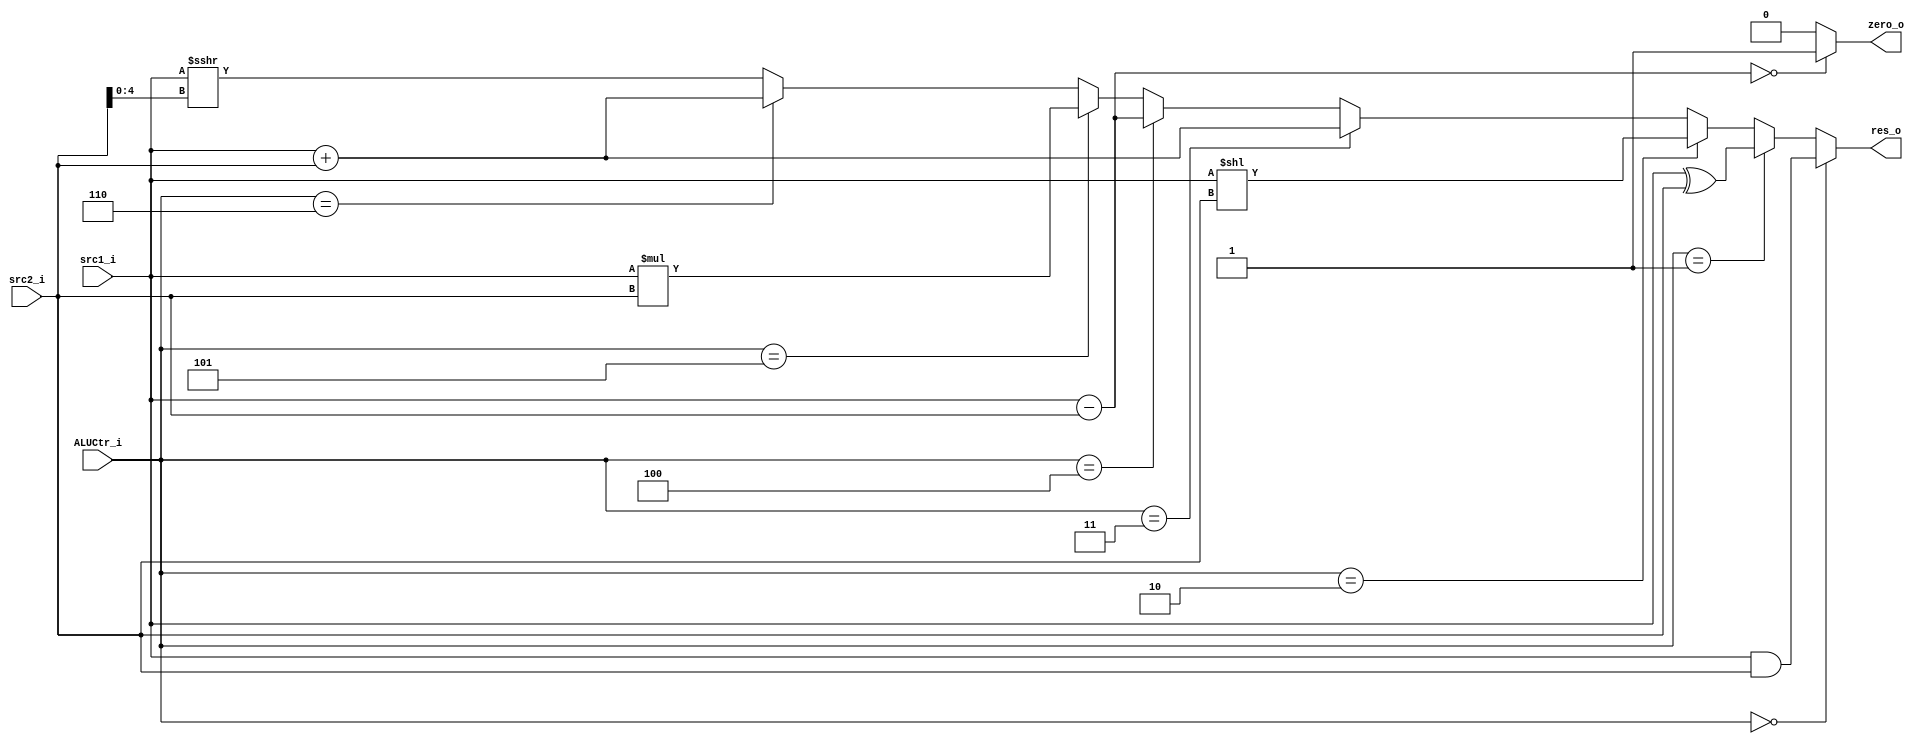
`define AND  3'b000
`define XOR  3'b001
`define SLL  3'b010
`define ADD  3'b011
`define SUB  3'b100
`define MUL  3'b101
`define ADDI 3'b110
`define SRAI 3'b111

module ALU(src1_i, src2_i, ALUCtr_i, res_o, zero_o);

    input [31:0] src1_i, src2_i;
    input [2:0] ALUCtr_i;
    output [31:0] res_o;
    output zero_o;

    assign res_o = (
        (ALUCtr_i == `AND) ? src1_i & src2_i : 
            (ALUCtr_i == `XOR) ? src1_i ^ src2_i :
                (ALUCtr_i == `SLL) ? src1_i << src2_i :
                    (ALUCtr_i == `ADD) ? src1_i + src2_i :
                        (ALUCtr_i == `SUB) ? src1_i - src2_i :
                            (ALUCtr_i == `MUL) ? src1_i * src2_i :
                                (ALUCtr_i == `ADDI) ? src1_i + src2_i : src1_i >>> src2_i[4:0]);
    assign zero_o = ((src1_i - src2_i == 0) ? 1'b1 : 1'b0);

endmodule